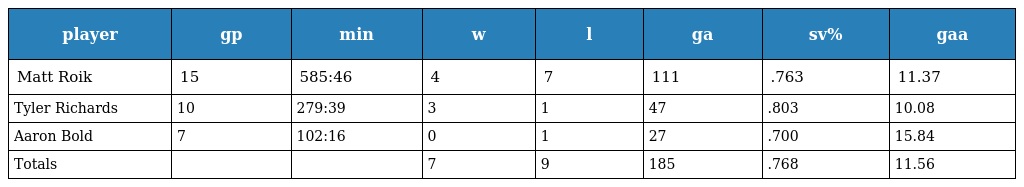
| player | gp | min | w | l | ga | sv% | gaa |
 | --- | --- | --- | --- | --- | --- | --- | --- |
 | Matt Roik | 15 | 585:46 | 4 | 7 | 111 | .763 | 11.37 |
 | Tyler Richards | 10 | 279:39 | 3 | 1 | 47 | .803 | 10.08 |
 | Aaron Bold | 7 | 102:16 | 0 | 1 | 27 | .700 | 15.84 |
 | Totals |  |  | 7 | 9 | 185 | .768 | 11.56 |